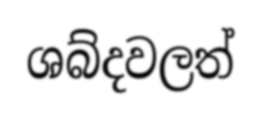
ශබ්දවලත්